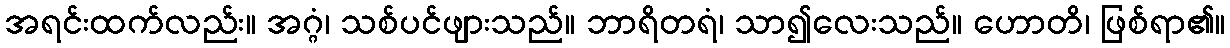
အရင်းထက်လည်း။ အဂ္ဂံ၊ သစ်ပင်ဖျားသည်။ ဘာရိတရံ၊ သာ၍လေးသည်။ ဟောတိ၊ ဖြစ်ရာ၏။